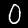
Label: 0